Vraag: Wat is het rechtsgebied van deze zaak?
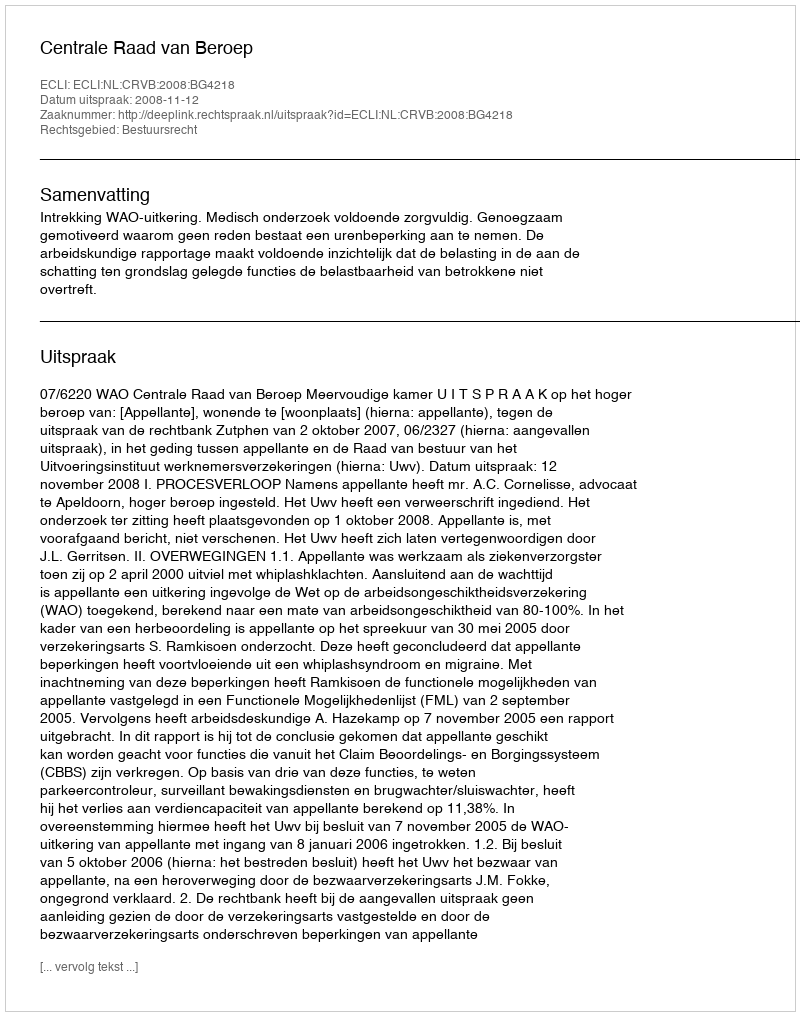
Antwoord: Bestuursrecht